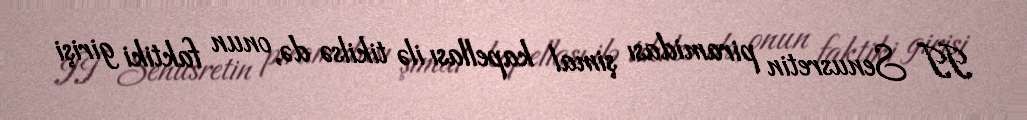
II Senusretin piramidası şimal kapellası ilə tikilsə də, onun faktiki girişi